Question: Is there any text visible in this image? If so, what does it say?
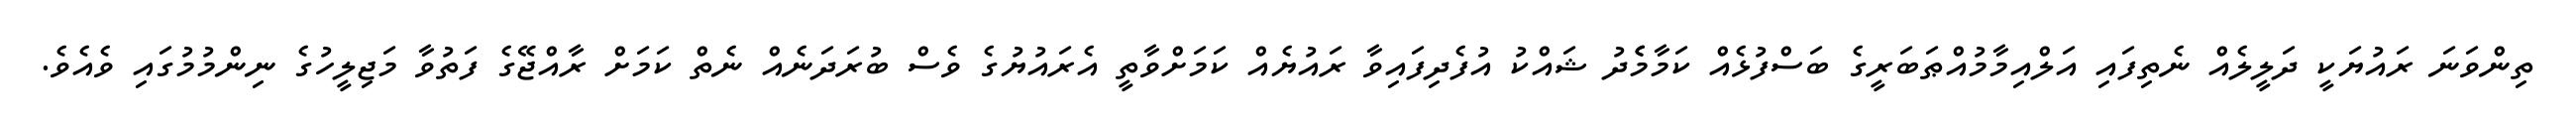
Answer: ތިންވަނަ ރައުޔަކީ ދަލީލެއް ނެތިފައި އަލްއިމާމުއްޠަބަރީގެ ބަސްފުޅެއް ކަމާމެެދު ޝައްކު އުފެދިފައިވާ ރައުޔެއް ކަމަށްވާތީ އެރައުޔުގެ ވެސް ބުރަދަނެއް ނެތް ކަމަށް ރާއްޖޭގެ ފަތުވާ މަޖިލީހުގެ ނިންމުމުގައި ވެއެވެ.